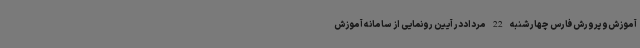
آموزش‌وپرورش فارس چهارشنبه 22 مرداددر آیین رونمایی از سامانه آموزش